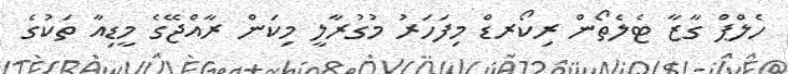
ހެލްޕް ގާޒާ ޓެލެތޯން ރިކޯރޑް މިފަހަރު މުގުރާލީ މިކަން ރާއްޖޭގެ މީޑިއާ ތަކުގެ